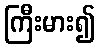
ကြီးမား၍